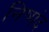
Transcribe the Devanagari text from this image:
निष्पंद